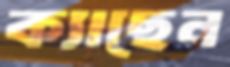
ক্যাছেন